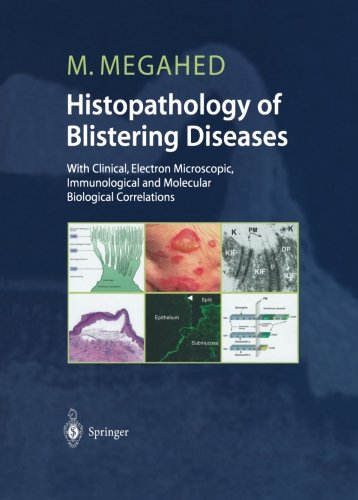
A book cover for Histopathology of Blistering Diseases: With Clinical, Electron Microscopic, Immunological and Molecular Biological Correlations Textbook and Atlas; Mosaad Megahed; Medical Books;